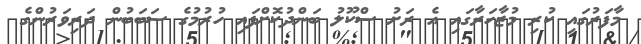
މާފަރުގައި ކުރި މުޒާހަރާގައި އެ ރަށު ސްކޫލު ބަންދުކޮށްފައި ހުރުމުގެ ސަބަބުން ދަރިވަރުންގެ